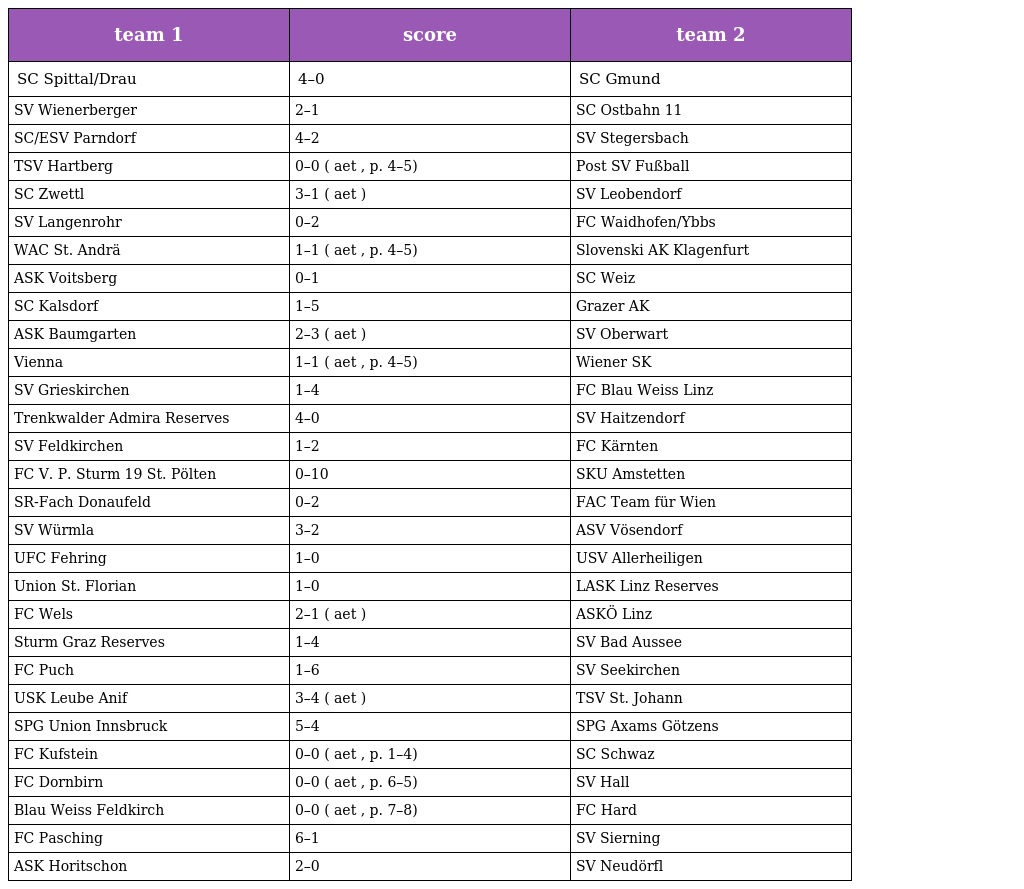
| team 1 | score | team 2 |
 | --- | --- | --- |
 | SC Spittal/Drau | 4–0 | SC Gmund |
 | SV Wienerberger | 2–1 | SC Ostbahn 11 |
 | SC/ESV Parndorf | 4–2 | SV Stegersbach |
 | TSV Hartberg | 0–0 ( aet , p. 4–5) | Post SV Fußball |
 | SC Zwettl | 3–1 ( aet ) | SV Leobendorf |
 | SV Langenrohr | 0–2 | FC Waidhofen/Ybbs |
 | WAC St. Andrä | 1–1 ( aet , p. 4–5) | Slovenski AK Klagenfurt |
 | ASK Voitsberg | 0–1 | SC Weiz |
 | SC Kalsdorf | 1–5 | Grazer AK |
 | ASK Baumgarten | 2–3 ( aet ) | SV Oberwart |
 | Vienna | 1–1 ( aet , p. 4–5) | Wiener SK |
 | SV Grieskirchen | 1–4 | FC Blau Weiss Linz |
 | Trenkwalder Admira Reserves | 4–0 | SV Haitzendorf |
 | SV Feldkirchen | 1–2 | FC Kärnten |
 | FC V. P. Sturm 19 St. Pölten | 0–10 | SKU Amstetten |
 | SR-Fach Donaufeld | 0–2 | FAC Team für Wien |
 | SV Würmla | 3–2 | ASV Vösendorf |
 | UFC Fehring | 1–0 | USV Allerheiligen |
 | Union St. Florian | 1–0 | LASK Linz Reserves |
 | FC Wels | 2–1 ( aet ) | ASKÖ Linz |
 | Sturm Graz Reserves | 1–4 | SV Bad Aussee |
 | FC Puch | 1–6 | SV Seekirchen |
 | USK Leube Anif | 3–4 ( aet ) | TSV St. Johann |
 | SPG Union Innsbruck | 5–4 | SPG Axams Götzens |
 | FC Kufstein | 0–0 ( aet , p. 1–4) | SC Schwaz |
 | FC Dornbirn | 0–0 ( aet , p. 6–5) | SV Hall |
 | Blau Weiss Feldkirch | 0–0 ( aet , p. 7–8) | FC Hard |
 | FC Pasching | 6–1 | SV Sierning |
 | ASK Horitschon | 2–0 | SV Neudörfl |